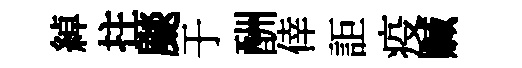
綽拄颷于酬倖詎疫贓